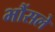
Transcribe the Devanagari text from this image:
भौंसले